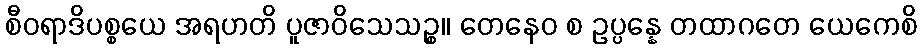
စီဝရာဒိပစ္စယေ အရဟတိ ပူဇာဝိသေသဉ္စ။ တေနေဝ စ ဥပ္ပန္နေ တထာဂတေ ယေကေစိ